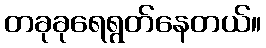
တခုခုရေရွတ်နေတယ်။